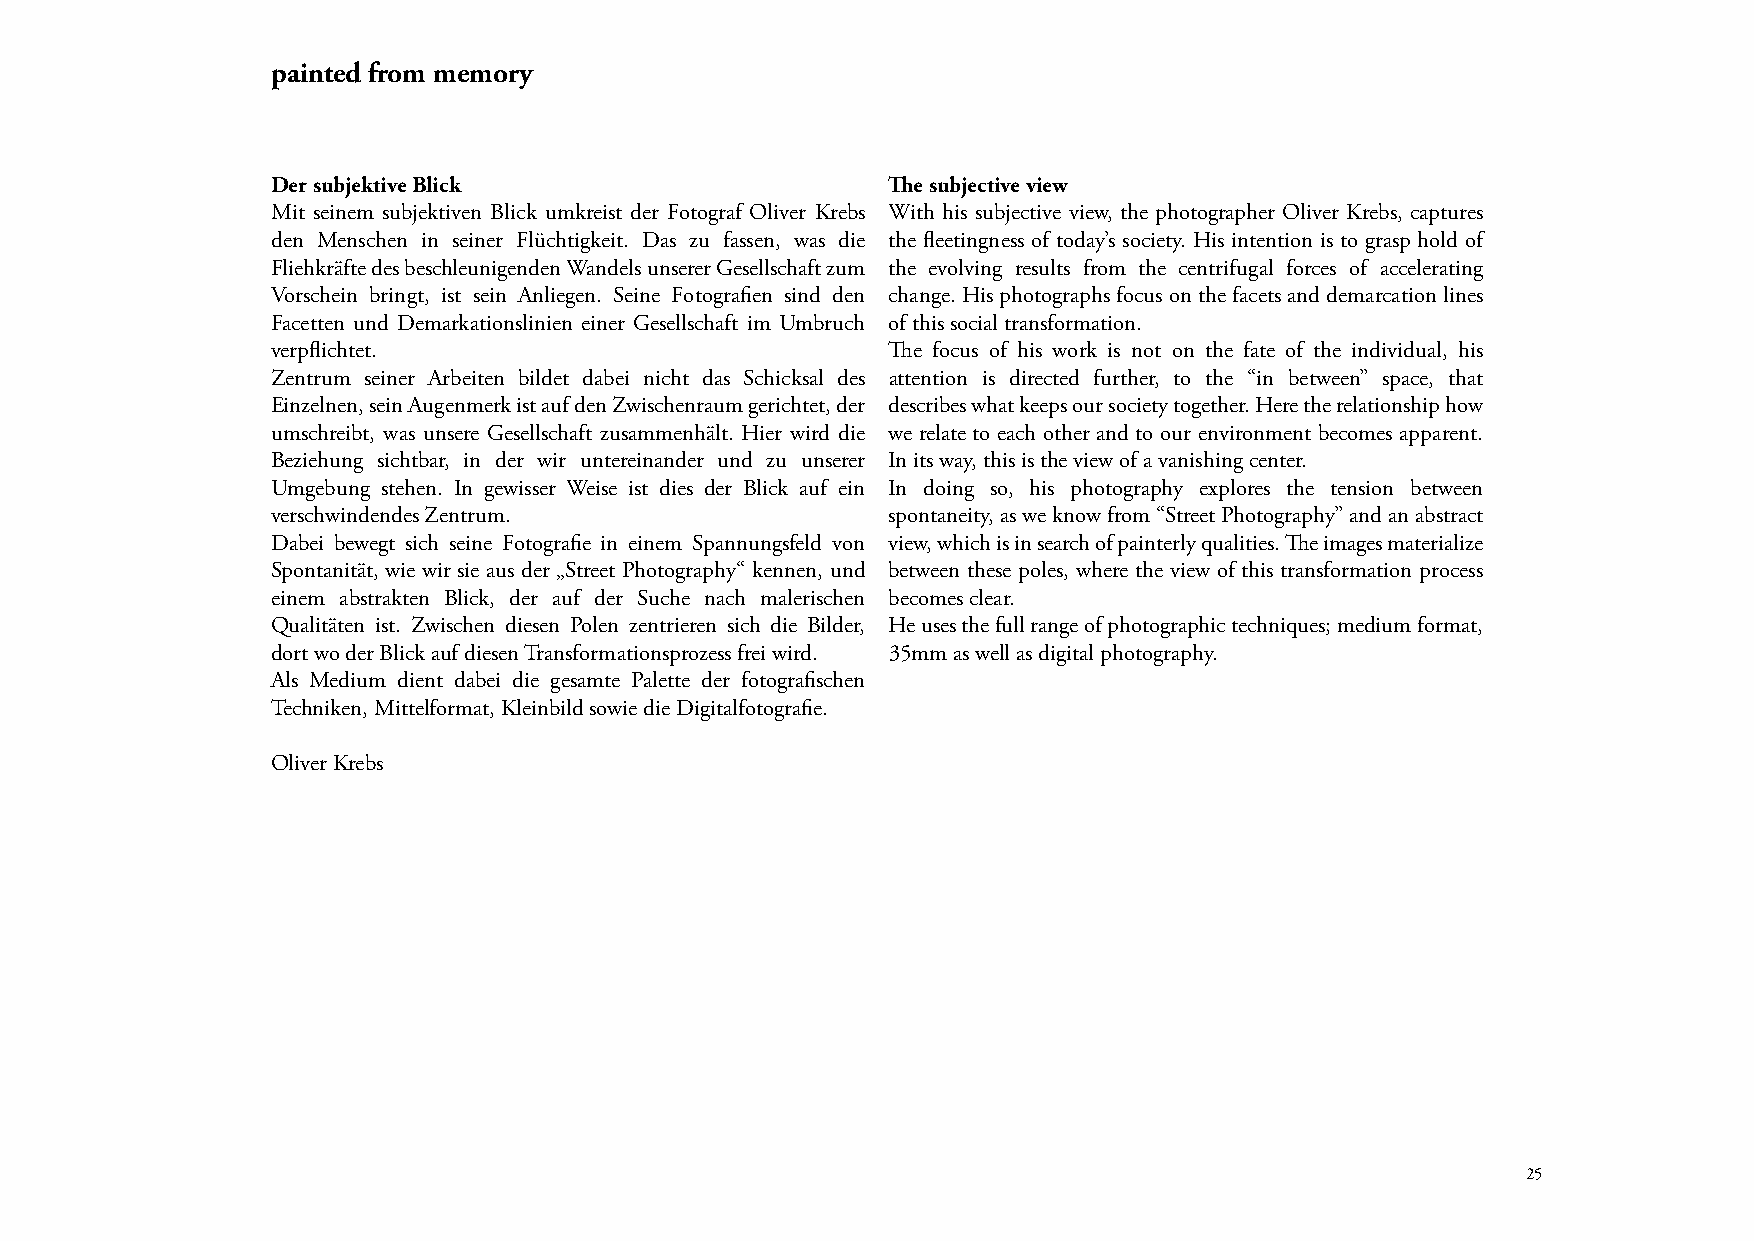
painted from memory
 Der subjektive Blick                     The subjective view
 Mit seinem subjektiven Blick umkreist der Fotograf Oliver Krebs With his subjective view, the photographer Oliver Krebs, captures
 den Menschen in seiner Flüchtigkeit. Das zu fassen, was die the fleetingness of today’s society. His intention is to grasp hold of
 Fliehkräfte des beschleunigenden Wandels unserer Gesellschaft zum the evolving results from the centrifugal forces of accelerating
 Vorschein bringt, ist sein Anliegen. Seine Fotografien sind den change. His photographs focus on the facets and demarcation lines
 Facetten und Demarkationslinien einer Gesellschaft im Umbruch of this social transformation.
 verpflichtet.                            The focus of his work is not on the fate of the individual, his
 Zentrum seiner Arbeiten bildet dabei nicht das Schicksal des attention is directed further, to the “in between” space, that
 Einzelnen, sein Augenmerk ist auf den Zwischenraum gerichtet, der describes what keeps our society together. Here the relationship how
 umschreibt, was unsere Gesellschaft zusammenhält. Hier wird die we relate to each other and to our environment becomes apparent.
 Beziehung sichtbar, in der wir untereinander und zu unserer In its way, this is the view of a vanishing center.
 Umgebung stehen. In gewisser Weise ist dies der Blick auf ein In doing so, his photography explores the tension between
 verschwindendes Zentrum.                 spontaneity, as we know from “Street Photography” and an abstract
 Dabei bewegt sich seine Fotografie in einem Spannungsfeld von view, which is in search of painterly qualities. The images materialize
 Spontanität, wie wir sie aus der „Street Photography“ kennen, und between these poles, where the view of this transformation process
 einem abstrakten Blick, der auf der Suche nach malerischen becomes clear.
 Qualitäten ist. Zwischen diesen Polen zentrieren sich die Bilder, He uses the full range of photographic techniques; medium format,
 dort wo der Blick auf diesen Transformationsprozess frei wird. 35mm as well as digital photography.
 Als Medium dient dabei die gesamte Palette der fotografischen
 Techniken, Mittelformat, Kleinbild sowie die Digitalfotografie.
 Oliver Krebs
 25